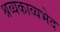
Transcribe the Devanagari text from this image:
श्रव्यकाव्यभेद